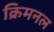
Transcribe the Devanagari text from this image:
क्रिमनल